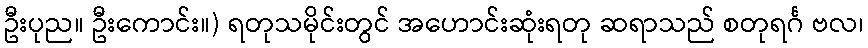
ဦးပုည။ ဦးကောင်း။) ရတုသမိုင်းတွင် အဟောင်းဆုံးရတု ဆရာသည် စတုရင်္ဂ ဗလ၊